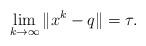
LaTeX: \begin{align*}\lim_{k \to \infty} \| x^k - q \| = \tau.\end{align*}